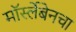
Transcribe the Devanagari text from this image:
मॉर्स्लेबेनचा